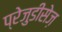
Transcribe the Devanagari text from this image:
प्रेजुडीसेज़